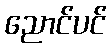
ညောင်ပင်